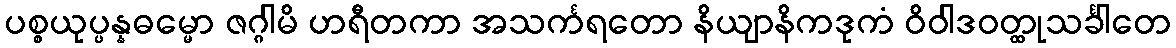
ပစ္စယုပ္ပန္နဓမ္မော ဇဂ္ဂါမိ ဟရီတကာ အသင်္ကရတော နိယျာနိကဒုကံ ဝိဝါဒဝတ္ထုသင်္ခါတေ